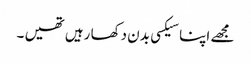
مجھے اپنا سیکسی بدن دکھا رہیں تھیں ۔